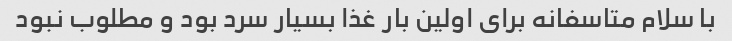
با سلام متاسفانه برای اولین بار غذا بسیار سرد بود و مطلوب نبود